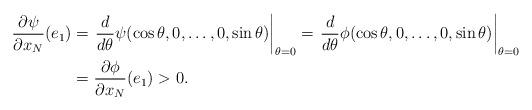
LaTeX: \begin{align*}\frac{\partial\psi}{\partial x_N}(e_1)&=\left.\frac{d}{d\theta}\psi(\cos\theta,0,\ldots,0,\sin\theta)\right|_{\theta=0}=\left.\frac{d}{d\theta}\phi(\cos\theta,0,\ldots,0,\sin\theta)\right|_{\theta=0}\\&=\frac{\partial\phi}{\partial x_N}(e_1)>0.\end{align*}